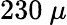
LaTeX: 230~\mu